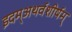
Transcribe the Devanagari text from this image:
इदम्‌अथर्वशीर्षम्‌